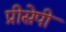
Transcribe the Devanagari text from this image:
प्रीसेपी